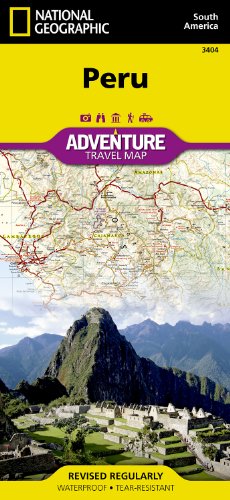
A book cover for Peru (National Geographic Adventure Map); National Geographic Maps - Adventure; Travel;